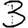
Digit: 3